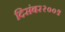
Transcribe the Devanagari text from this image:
दिसंबर२००९